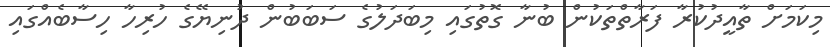
މިކަމަށް ތާއީދުކުރާ ފަރާތްތަކުން ބުނާ ގޮތުގައި މިބަދަލުގެ ސަބަބުން ދުނިޔޭގެ ހުރިހާ ހިސާބެއްގައި